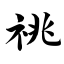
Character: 祧